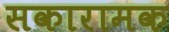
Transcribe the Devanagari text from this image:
सकारामक